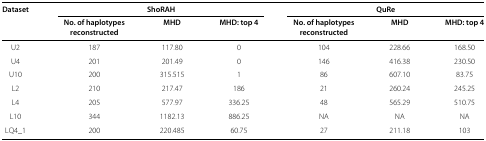
<table><thead><tr><td><b>Dataset</b></td><td colspan="3"><b>ShoRAH</b></td><td colspan="3"><b>QuRe</b></td></tr><tr><td><b> </b></td><td><b>No. of haplotypes</b></td><td><b>MHD</b></td><td><b>MHD: top 4</b></td><td><b>No. of haplotypes</b></td><td><b>MHD</b></td><td><b>MHD: top 4</b></td></tr><tr><td><b> </b></td><td><b>reconstructed</b></td><td><b> </b></td><td><b> </b></td><td><b>reconstructed</b></td><td><b> </b></td><td><b> </b></td></tr></thead><tbody><tr><td>U2</td><td>187</td><td>117.80</td><td>0</td><td>104</td><td>228.66</td><td>168.50</td></tr><tr><td>U4</td><td>201</td><td>201.49</td><td>0</td><td>146</td><td>416.38</td><td>230.50</td></tr><tr><td>U10</td><td>200</td><td>315.515</td><td>1</td><td>86</td><td>607.10</td><td>83.75</td></tr><tr><td>L2</td><td>210</td><td>217.47</td><td>186</td><td>21</td><td>260.24</td><td>245.25</td></tr><tr><td>L4</td><td>205</td><td>577.97</td><td>336.25</td><td>48</td><td>565.29</td><td>510.75</td></tr><tr><td>L10</td><td>344</td><td>1182.13</td><td>886.25</td><td>NA</td><td>NA</td><td>NA</td></tr><tr><td>LQ4_1</td><td>200</td><td>220.485</td><td>60.75</td><td>27</td><td>211.18</td><td>103</td></tr></tbody></table>